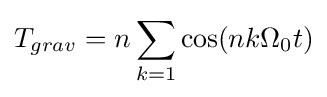
T_{grav}=n\sum _{k=1}\cos(nk\Omega _{0}t)